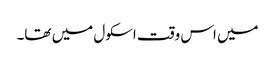
میں اس وقت اسکول میں تھا۔